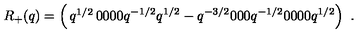
R _ { + } ( q ) = \left( \begin{matrix} { q ^ { 1 / 2 } } & { 0 } & { 0 } & { 0 } \\ { 0 } & { q ^ { - 1 / 2 } } & { q ^ { 1 / 2 } - q ^ { - 3 / 2 } } & { 0 } \\ { 0 } & { 0 } & { q ^ { - 1 / 2 } } & { 0 } \\ { 0 } & { 0 } & { 0 } & { q ^ { 1 / 2 } } \\ \end{matrix} \right) \ .